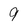
Character: 9